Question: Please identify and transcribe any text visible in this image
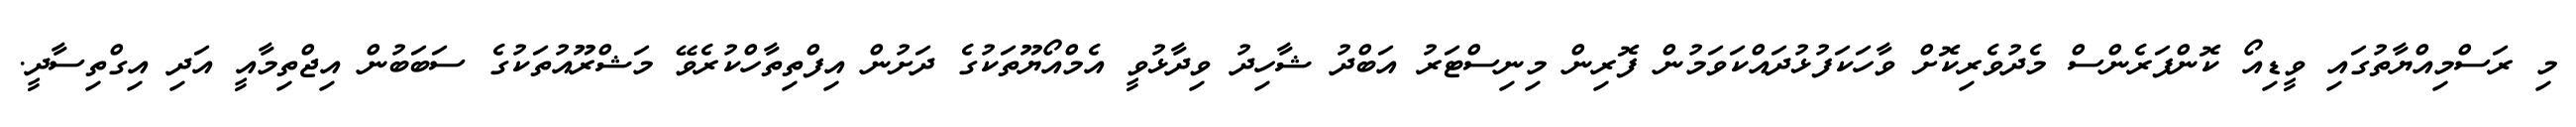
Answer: މި ރަސްމިއްޔާތުގައި ވީޑިއޯ ކޮންފަރެންސް މެދުވެރިކޮށް ވާހަކަފުޅުދައްކަވަމުން ފޮރިން މިނިސްޓަރު އަބްދު ޝާހިދު ވިދާޅުވީ އެމްއޯޔޫތަކުގެ ދަށުން އިފްތިތާހްކުރެވޭ މަޝްރޫއުތަކުގެ ސަބަބުން އިޖްތިމާއީ އަދި އިގްތިސާދީ.